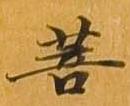
菩